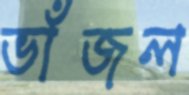
ভাঁজল